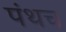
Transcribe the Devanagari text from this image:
पंथच